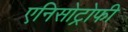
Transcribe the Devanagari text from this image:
एनिसोट्रोफी